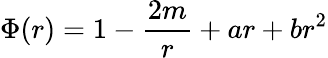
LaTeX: \Phi(r)=1-{\frac{2m}{r}}+ar+br^{2}